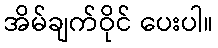
အိမ်ချက်ဝိုင် ပေးပါ။